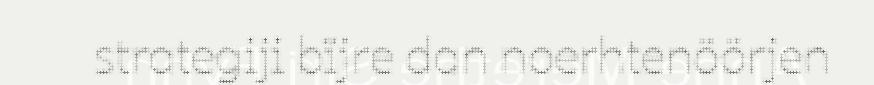
strategiji bïjre dan noerhtenöörjen